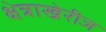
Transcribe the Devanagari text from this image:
क्षेत्राखेरीज